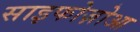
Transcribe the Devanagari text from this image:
साइफोज़ोआ